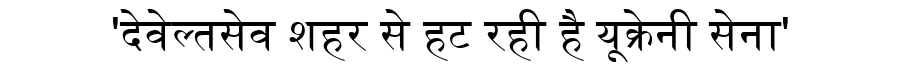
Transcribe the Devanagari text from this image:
'देवेल्तसेव शहर से हट रही है यूक्रेनी सेना'